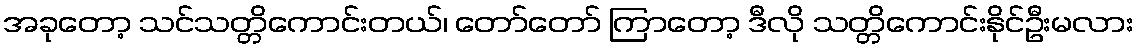
အခုတော့ သင်သတ္တိကောင်းတယ်၊ တော်တော် ကြာတော့ ဒီလို သတ္တိကောင်းနိုင်ဦးမလား